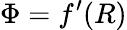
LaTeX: \Phi=f^{\prime}(R)